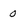
Character: 0